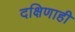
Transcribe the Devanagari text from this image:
दक्षिणाही